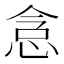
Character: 𫺐